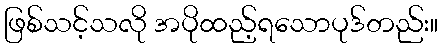
ဖြစ်သင့်သလို အပိုထည့်ရသောပုဒ်တည်း။